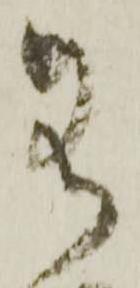
名